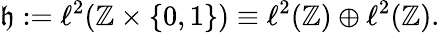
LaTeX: \mathfrak{h}:=\ell^{2}(\mathbb{Z}\times\{ 0,1\} )\equiv\ell^{2}(\mathbb{Z})\oplus\ell^{2}(\mathbb{Z}).